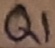
Text: Q1